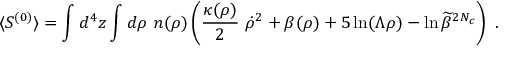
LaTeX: \langle S ^ { ( 0 ) } \rangle = \int d ^ { 4 } z \int d \rho ~ n ( \rho ) \left( \frac { \kappa ( \rho ) } { 2 } ~ \dot { \rho } ^ { 2 } + \beta ( \rho ) + 5 \ln ( \Lambda \rho ) - \ln \widetilde \beta ^ { 2 N _ { c } } \right) ~ .